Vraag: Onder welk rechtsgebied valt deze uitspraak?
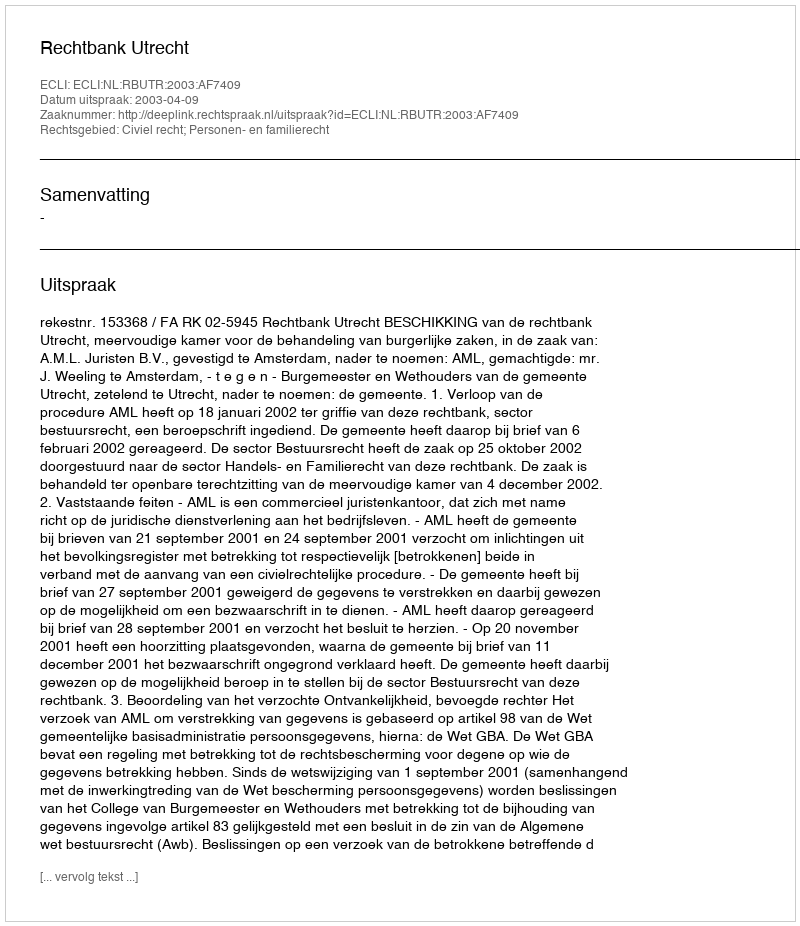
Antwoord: Civiel recht; Personen- en familierecht